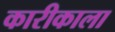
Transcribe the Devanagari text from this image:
कारीकाला